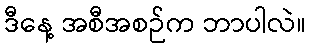
ဒီနေ့ အစီအစဉ်က ဘာပါလဲ။